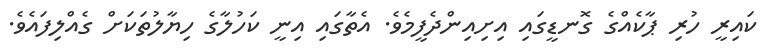
ކައިރީ ހުރި ޕާކެއްގެ ގޮނޑީގައި އިށިއިންދެފީމެވެ. އެތާގައި އިނީ ކަހުލާގެ ހިޔާލުތަކަށް ގެއްލިފައެވެ.